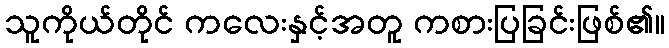
သူကိုယ်တိုင် ကလေးနှင့်အတူ ကစားပြခြင်းဖြစ်၏။